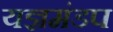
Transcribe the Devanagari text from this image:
यज्ञमंडप